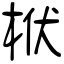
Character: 栿